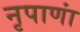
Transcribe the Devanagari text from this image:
नृपाणां